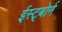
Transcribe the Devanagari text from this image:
ईस्ट्बोर्न